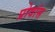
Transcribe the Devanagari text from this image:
प्रोवांस